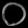
Digit: ၀